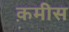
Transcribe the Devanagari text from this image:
क़मीस